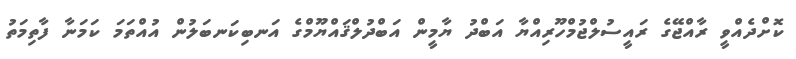
ކޮށްދެއްވީ ރާއްޖޭގެ ރައީސުލްޖުމްހޫރިއްޔާ އަބްދު ޔާމީން އަބްދުލްޤައްޔޫމްގެ އަނބިކަނބަލުން އުއްތަމަ ކަމަނާ ފާތިމަތު